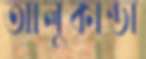
আলুকান্ডা